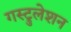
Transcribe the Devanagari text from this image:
गस्ट्रुलेशन